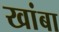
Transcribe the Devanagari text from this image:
खांबा